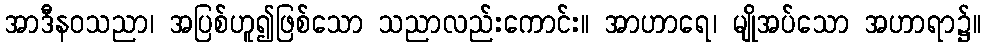
အာဒီနဝသညာ၊ အပြစ်ဟူ၍ဖြစ်သော သညာလည်းကောင်း။ အာဟာရေ၊ မျိုအပ်သော အဟာရာ၌။